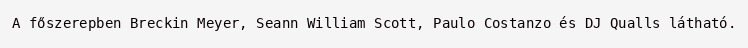
A főszerepben Breckin Meyer, Seann William Scott, Paulo Costanzo és DJ Qualls látható.